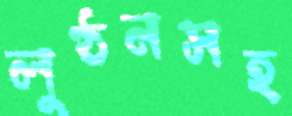
লুণ্ঠনসহ